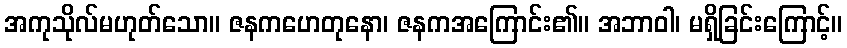
အကုသိုလ်မဟုတ်သော။ ဇနကဟေတုနော၊ ဇနကအကြောင်း၏။ အဘာဝါ၊ မရှိခြင်းကြောင့်။